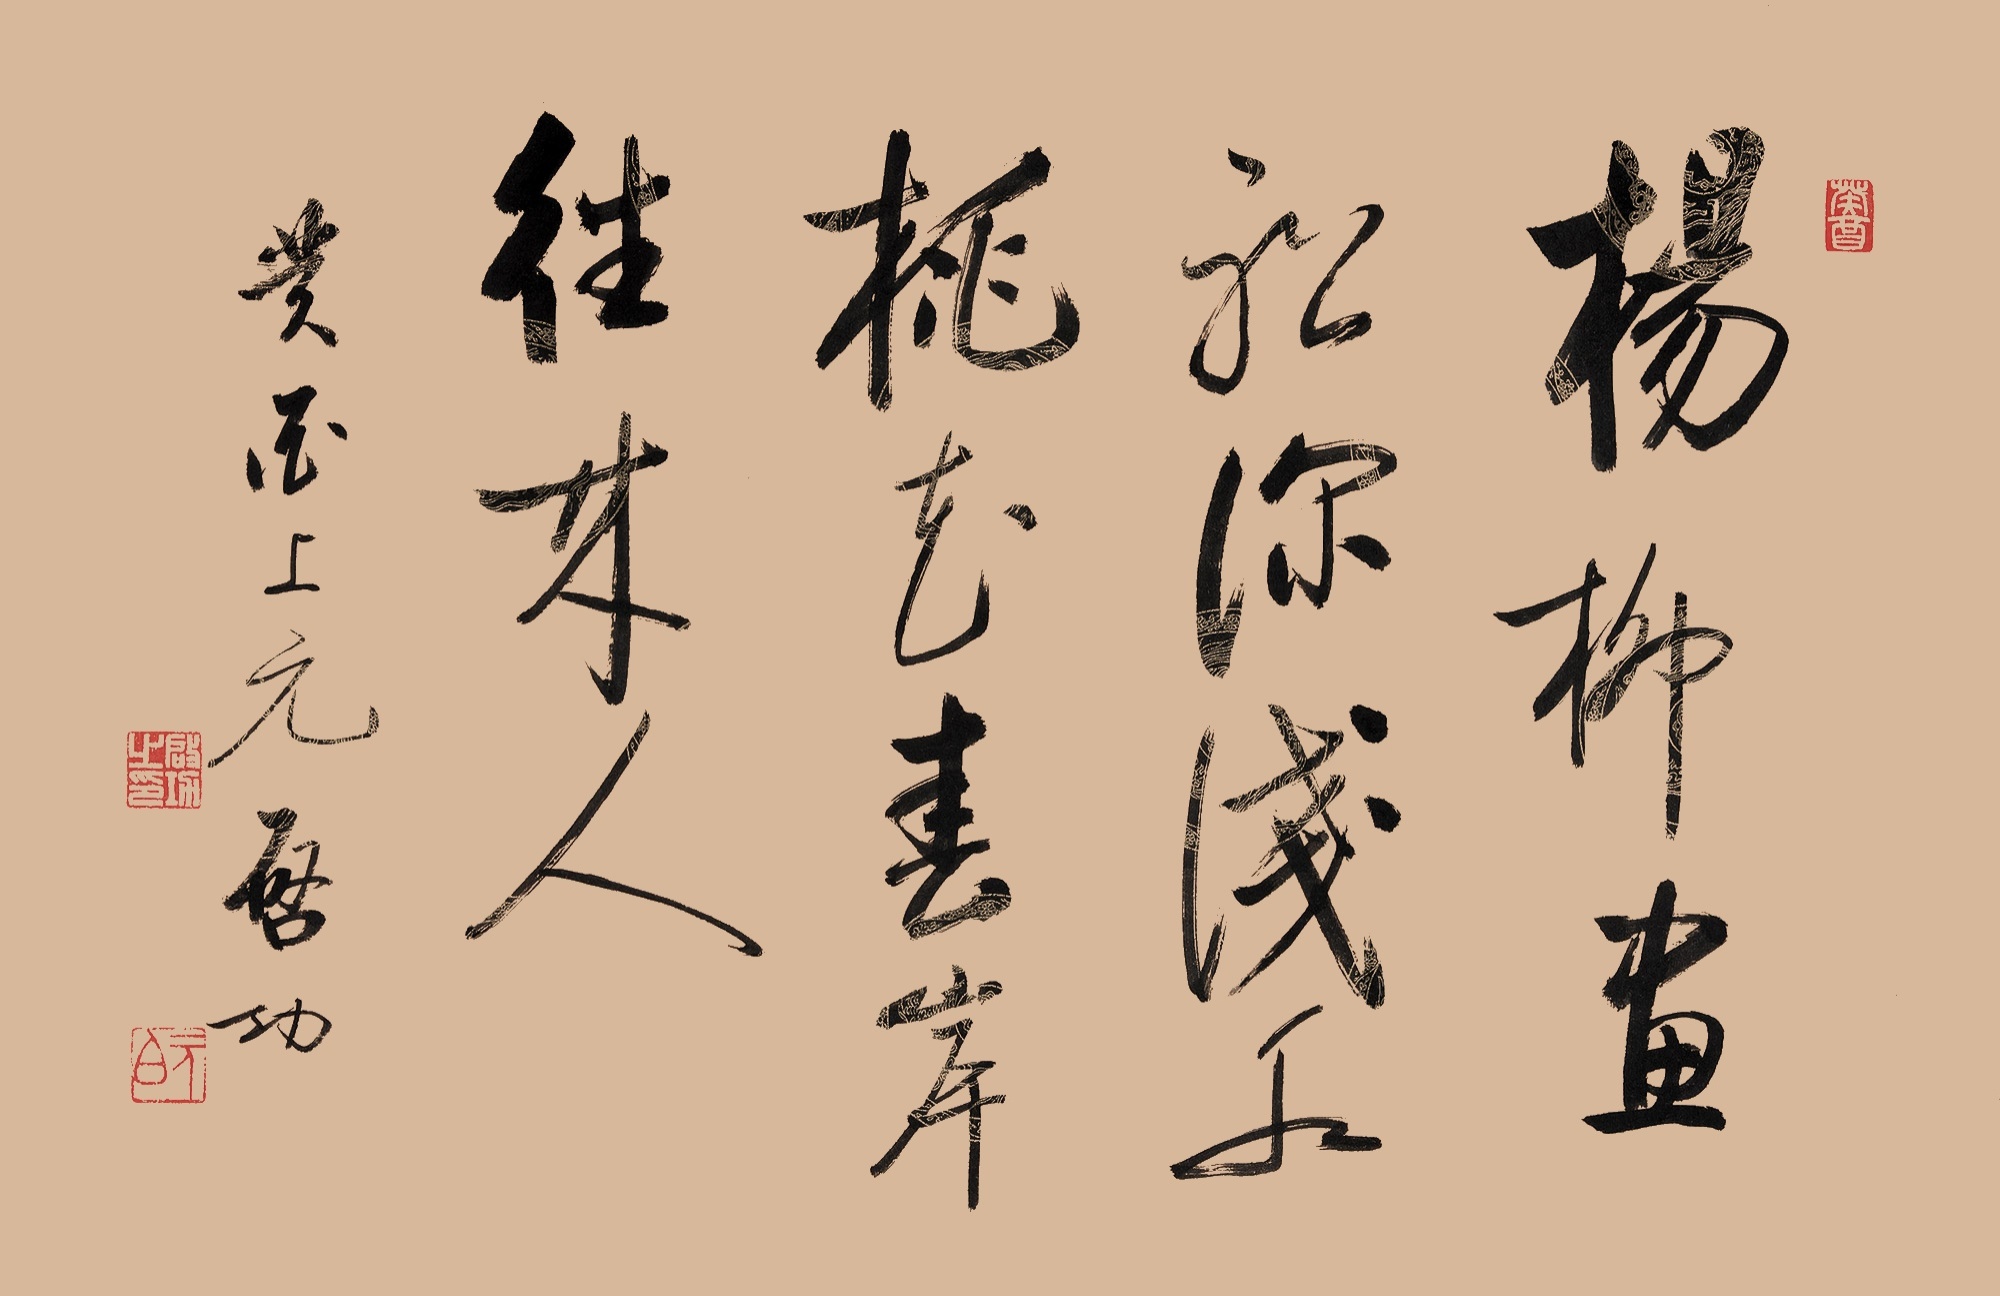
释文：杨柳画船深浅水，桃花春岸往来人。癸酉上元。启功。